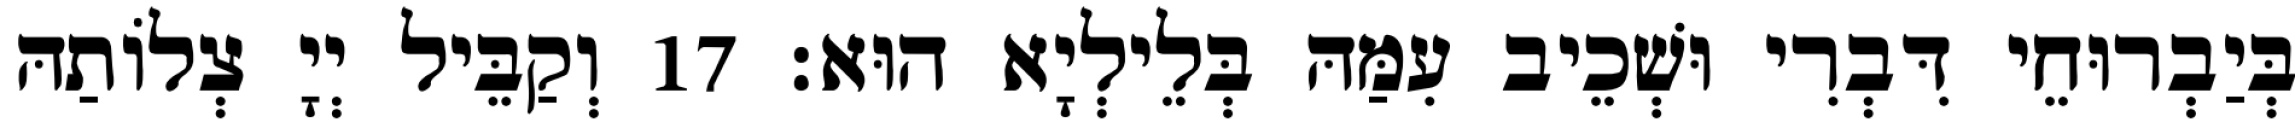
בְּיַבְרוּחֵי דִּבְרִי וּשְׁכֵיב עִמַּהּ בְּלֵילְיָא הוּא׃ 17 וְקַבֵּיל יְיָ צְלוֹתַהּ